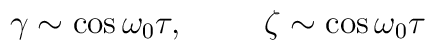
\gamma\sim \cos\omega_{0}\tau, \hspace{1cm} \zeta\sim \cos\omega_{0}\tau